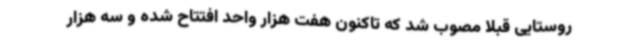
روستایی قبلا مصوب شد که تاکنون هفت هزار واحد افتتاح شده و سه هزار